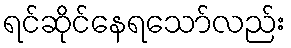
ရင်ဆိုင်နေရသော်လည်း